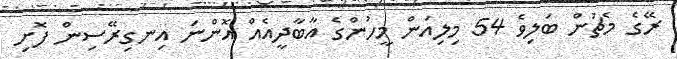
ރޭގެ މެޗުން ބަލިވެ 54 މިލިއަން މީހުންގެ އާބާދީއެއް އޮންނަ އިނގިރޭސިން ފޮށި